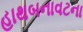
હાથબનાવટના